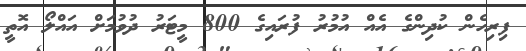
ފިރިހެން ކުދިންގެ އެއް އުމުރު ފުރައިގެ 800 މީޓަރު ދުވުމަށް އައްލޯ އޮތީ